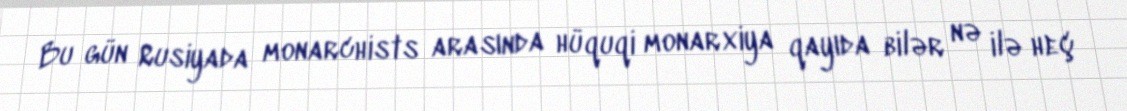
Bu gün Rusiyada monarchists arasında hüquqi monarxiya qayıda bilər nə ilə heç